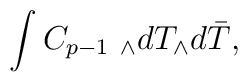
\int C_{p-1}~ _\wedge dT_\wedge d \bar T,